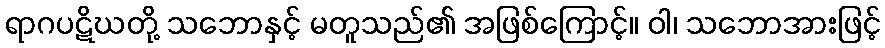
ရာဂပဋိဃတို့ သဘောနှင့် မတူသည်၏ အဖြစ်ကြောင့်။ ဝါ၊ သဘောအားဖြင့်